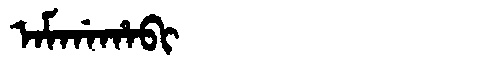
Manchu: ᠠᠮᡤᠠᡥᠠᠪᡳ
Romanization: AMGAHABI